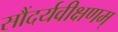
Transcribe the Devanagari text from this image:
सौंदर्यवीक्षणम्